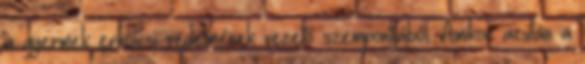
a gyermek erkölcsi védelmének vezető szempontjából. Amikor azután a